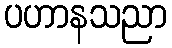
ပဟာနသညာ